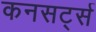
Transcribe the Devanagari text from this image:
कनसर्ट्स